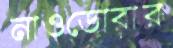
নাওডোবার